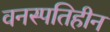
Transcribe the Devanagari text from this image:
वनस्पतिहीन